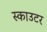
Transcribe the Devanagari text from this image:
स्काउटर